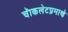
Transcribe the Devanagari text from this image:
चॅाकलेटप्रमाणे